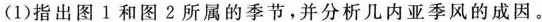
(1)指出图 1 和图 2 所属的季节，并分析几内亚季风的成因。